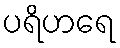
ပရိဟရေ